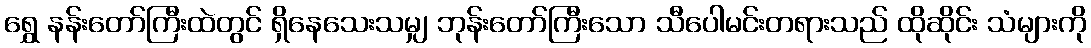
ရွှေ နန်းတော်ကြီးထဲတွင် ရှိနေသေးသမျှ ဘုန်းတော်ကြီးသော သီပေါမင်းတရားသည် ထိုဆိုင်း သံများကို